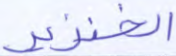
الخنزير